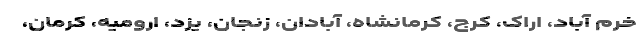
خرم آباد، اراک، کرج، کرمانشاه، آبادان، زنجان، یزد، ارومیه، کرمان،